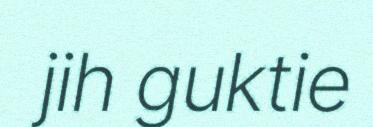
jih guktie